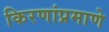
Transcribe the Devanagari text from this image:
किरणांप्रमाणे